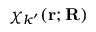
\chi _ { k ^ { \prime } } ( \mathbf { r } ; \mathbf { R } )